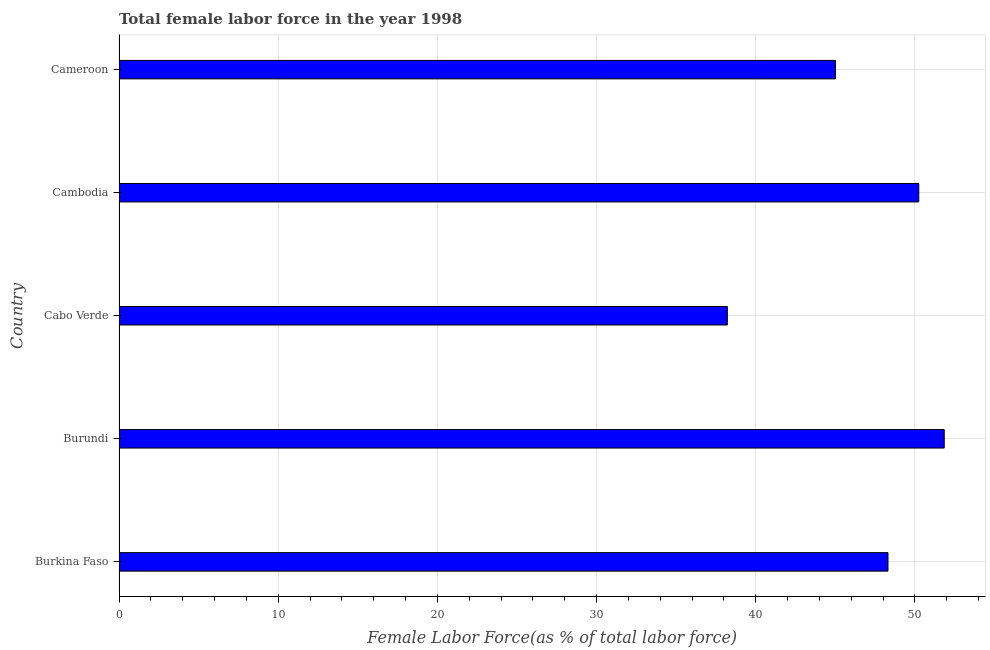
| Country | Female Labor force |
 | --- | --- |
 | Burkina Faso | 48.3 |
 | Burundi | 51.8 |
 | Cabo Verde | 38.2 |
 | Cambodia | 50.2 |
 | Cameroon | 45 |